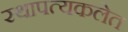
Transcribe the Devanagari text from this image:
स्थापत्यकलेत